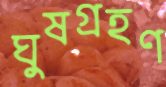
ঘুষগ্রহণ